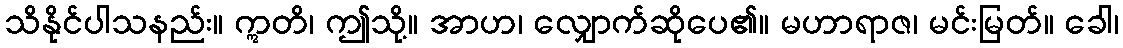
သိနိုင်ပါသနည်း။ ဣတိ၊ ဤသို့။ အာဟ၊ လျှောက်ဆိုပေ၏။ မဟာရာဇ၊ မင်းမြတ်။ ခေါ၊